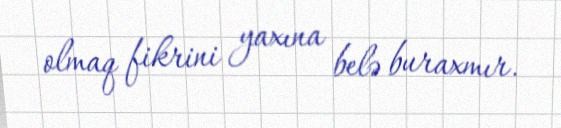
olmaq fikrini yaxına belə buraxmır.